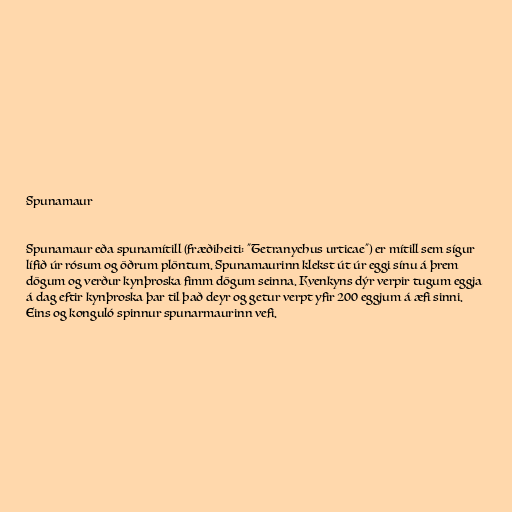
Spunamaur

Spunamaur eða spunamítill (fræðiheiti: "Tetranychus urticae") er mítill sem sígur
lífið úr rósum og öðrum plöntum. Spunamaurinn klekst út úr eggi sínu á þrem
dögum og verður kynþroska fimm dögum seinna. Kvenkyns dýr verpir tugum eggja
á dag eftir kynþroska þar til það deyr og getur verpt yfir 200 eggjum á æfi sinni.
Eins og konguló spinnur spunarmaurinn vefi.